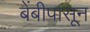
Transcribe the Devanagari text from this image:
बेंबीपासून